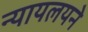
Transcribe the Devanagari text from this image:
न्यायलयने